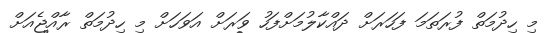
މި ހިދުމަތް ފުރަތަމަ ފަހަަރަށް ދައްކާލުމަށްފަހު ވަރަށް އަވަހަށް މި ހިދުމަތް ރާއްޖެއަށް